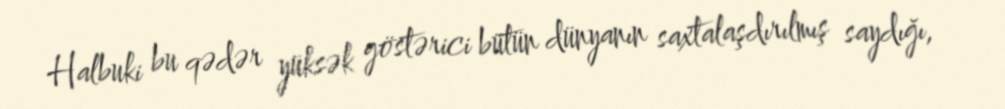
Halbuki bu qədər yüksək göstərici bütün dünyanın saxtalaşdırılmış saydığı,